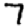
Digit: 7